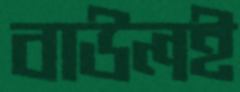
বাউলই